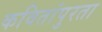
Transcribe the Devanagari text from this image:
कवितांपुरता